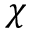
\chi